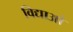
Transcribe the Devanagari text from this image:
विद्याओ